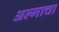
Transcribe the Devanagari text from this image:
अल्माचा